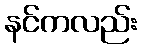
နင်ကလည်း